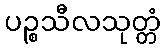
ပဉ္စသီလသုတ္တံ